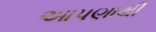
આપણાથી